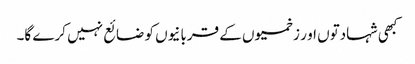
کبھی شہادتوں او ر زخمیوں کے قربانیوں کو ضائع نہیں کرے گا۔